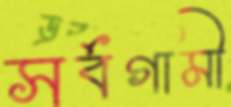
সর্বগামী